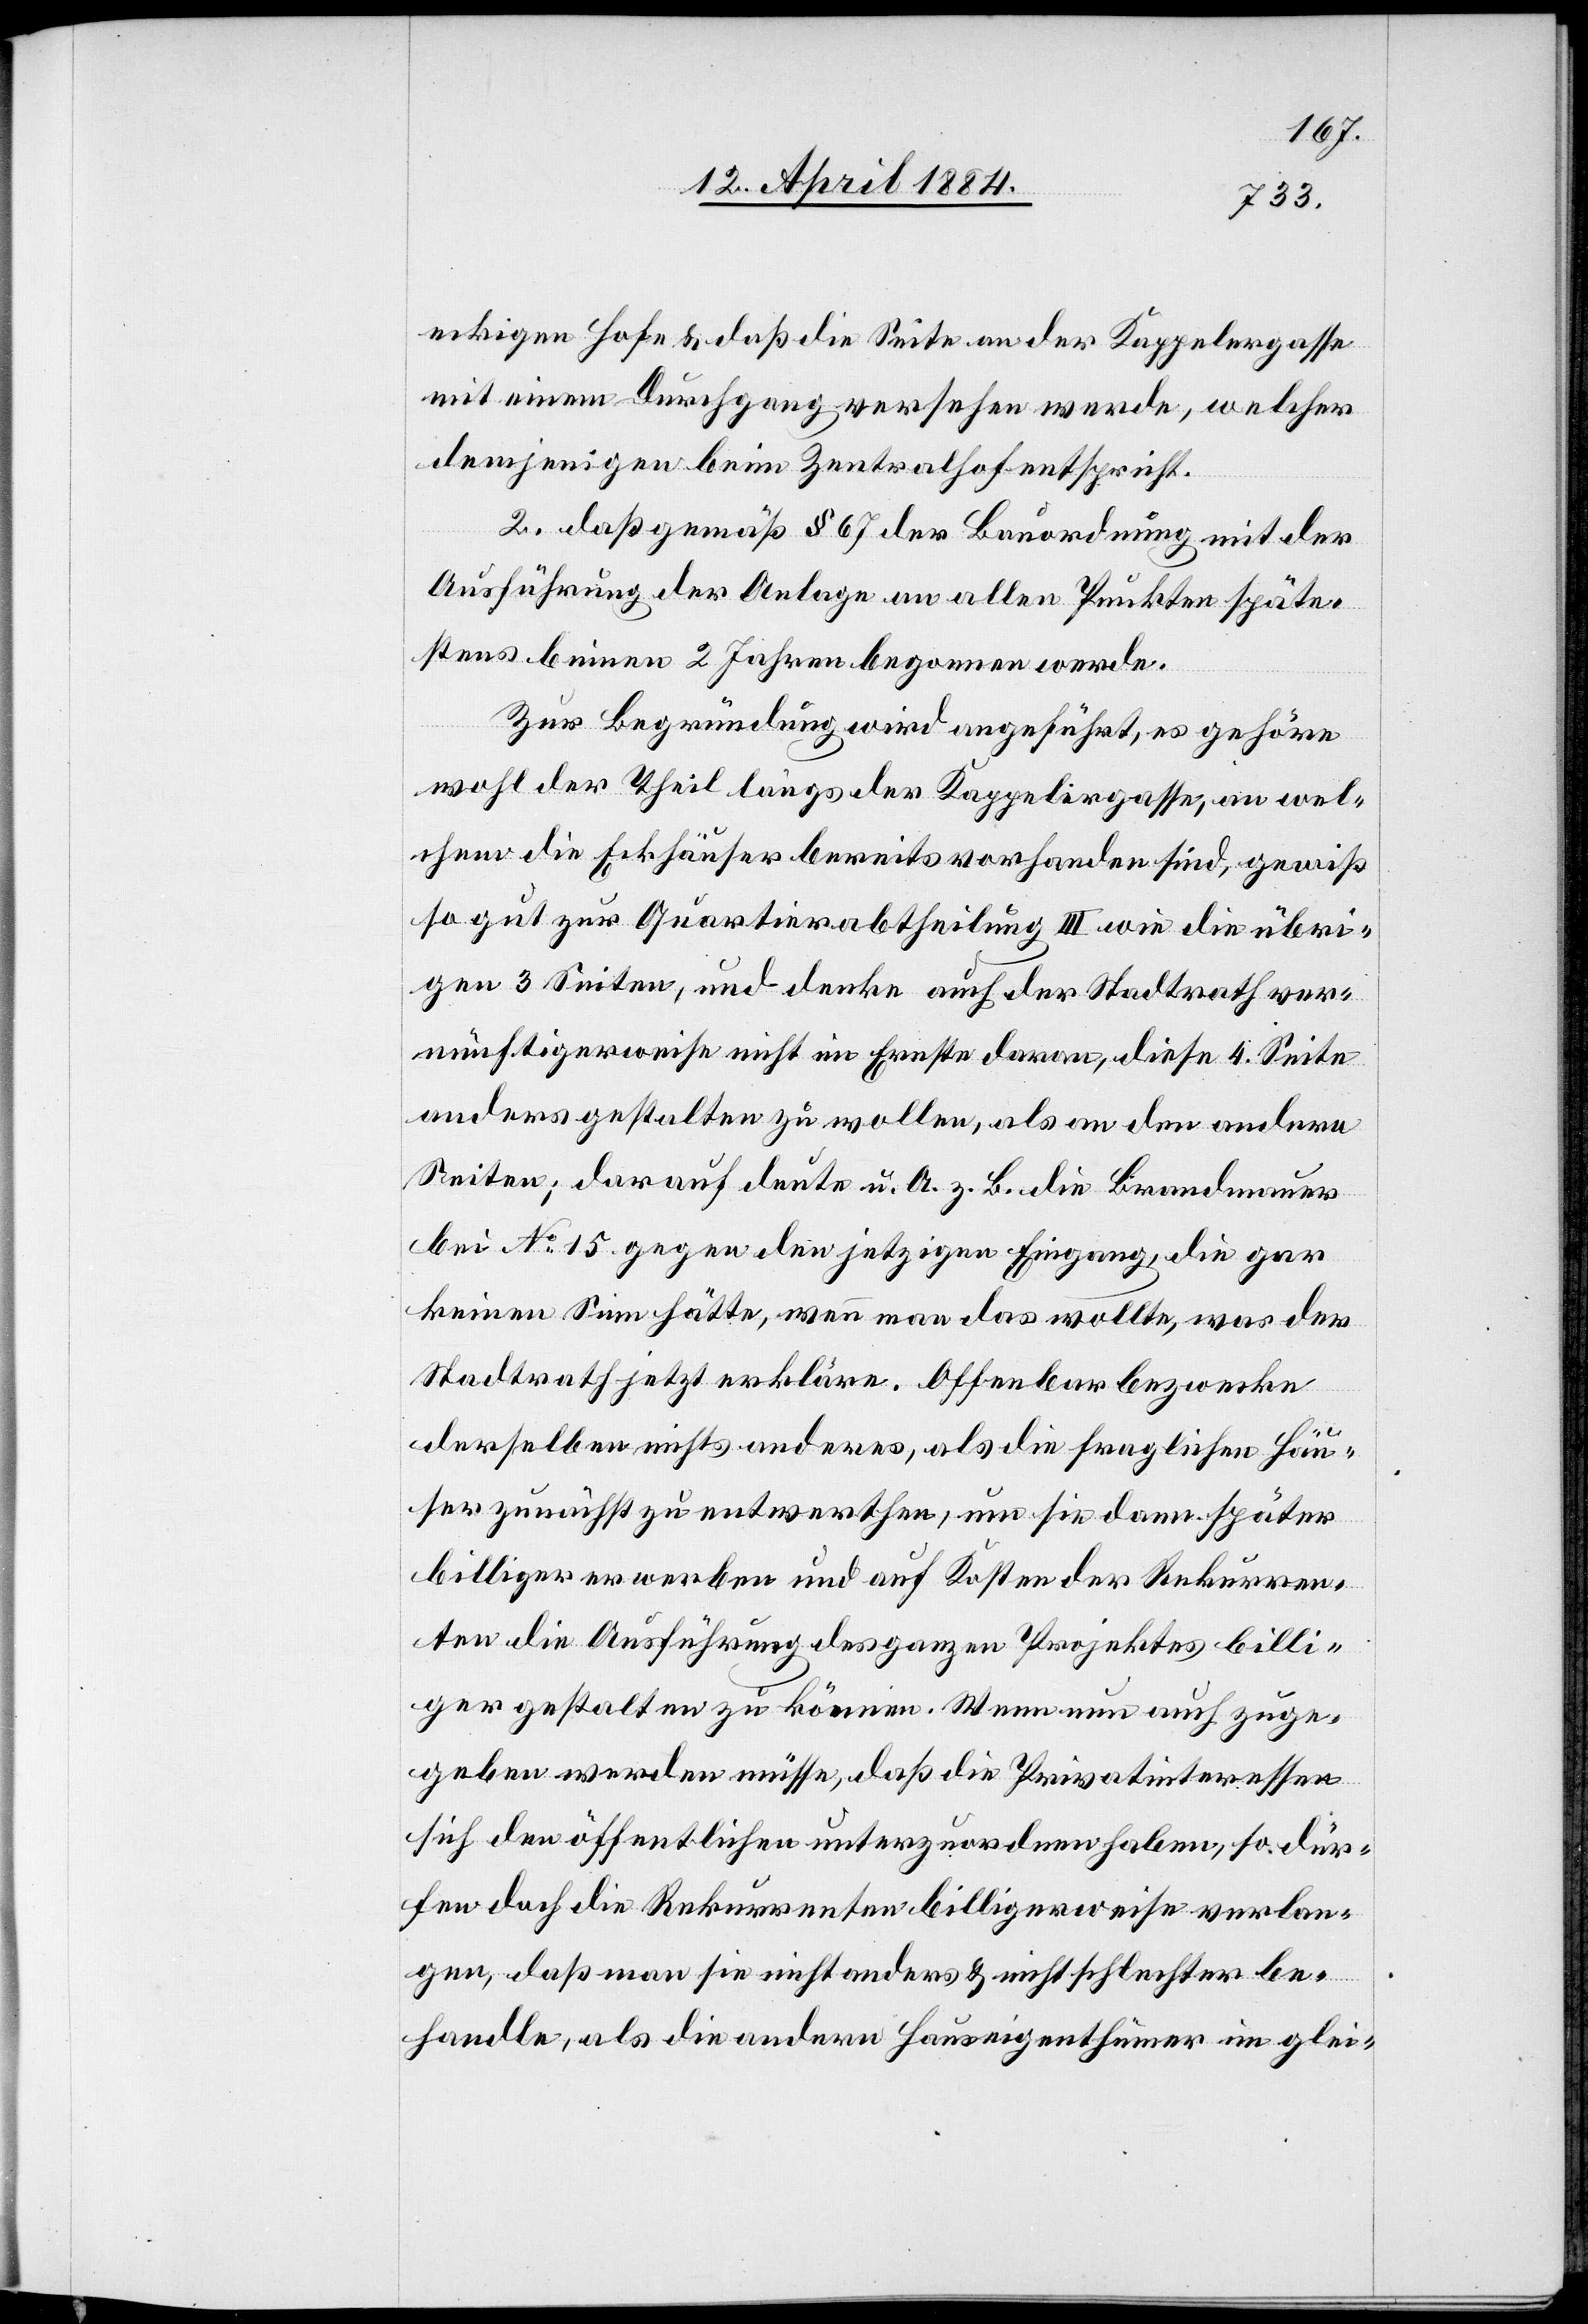
eckigen Hofe & daß die Seite an der Kappelergasse
mit einem Durchgang versehen werde, welcher
demjenigen beim Zentralhof entspricht.
2. daß gemäß § 67 der Bauordnung mit der
Ausführung der Anlage an allen Punkten späte¬
stens binnen 2 Jahren begonnen werde.
Zur Begründung wird angeführt, es gehöre
wohl der Theil längs der Kappelergasse, an wel¬
chem die Eckhäuser bereits vorhanden sind, gewiß
so gut zur Quartierabtheilung III wie die übri¬
gen 3 Seiten, und denke auch der Stadtrath ver¬
nünftigerweise nicht im Ernste daran, diese 4. Seite
anders gestalten zu wollen, als an den andern
Seiten; darauf deute u. A. z. B. die Brandmauer
bei No 15 gegen den jetzigen Eingang, die gar
keinen Sinn hätte, wenn man das wollte, was der
Stadtrath jetzt erkläre. Offenbar bezwecke
derselben [sic!] nichts anderes, als die fraglichen Häu¬
ser zunächst zu entwerthen, um sie dann später
billiger erwerben und auf Kosten der Rekurren¬
ten die Ausführung des ganzen Projektes billi¬
ger gestalten zu können. Wenn nun auch zuge¬
geben werden müsse, daß die Privatinteressen
sich den öffentlichen unterzuordnen haben, so dür¬
fen doch die Rekurrenten billigerweise verlan¬
gen, daß man sie nicht anders & nicht schlechter be¬
handle, als die andern Hauseigenthümer im glei-